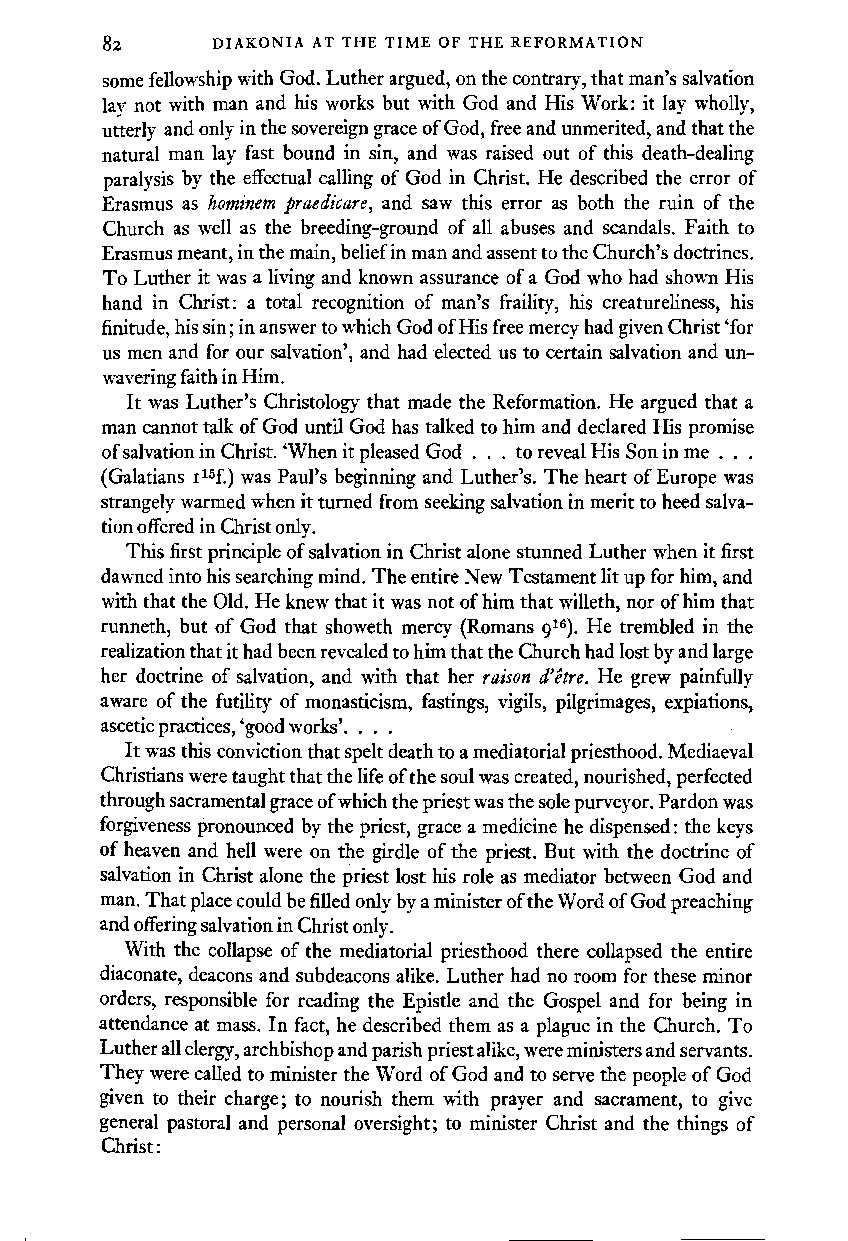
82     DIAKONIA AT THE TIME OF THE REFORMATION
 some fellowship with God. Luther argued, on the contrary, that man's salvation
 lav not with man and his works but with God and His Work: it lay wholly,
 u~erly and only in the sovereign grace of God, free and unmerited, and that the
 natural man lay fast bound in sin, and was raised out of this death-dealing
 paralysis by the effectual calling of God in Christ. He described the error of
 Erasmus as hominem praedicare, and saw this error as both the ruin of the
 Church as well as the breeding-ground of all abuses and scandals. Faith to
 Erasmus meant, in the main, belief in man and assent to the Church's doctrines.
 To Luther it was a living and known assurance of a God who had shown His
 hand in Christ: a total recognition of man's fraility, his creatureliness, his
 finitude, his sin; in answer to which God of His free mercy had given Christ 'for
 us men and for our salvation', and had elected us to certain salvation and un
 wavering faith in Him.
 It was Luther's Christology that made the Reformation. He argued that a
 man cannot talk of God until God has talked to him and declared His promise
 of salvation in Christ. 'When it pleased God ... to reveal His Son in me . . .
 (Galatians r15f.) was Paul's beginning and Luther's. The heart of Europe was
 strangely warmed when it turned from seeking salvation in merit to heed salva
 tion offered in Christ only.
 This first principle of salvation in Christ alone stunned Luther when it first
 dawned into his searching mind. The entire New Testament lit up for him, and
 with that the Old. He knew that it was not of him that willeth, nor of him that
 runneth, but of God that showeth mercy (Romans 916). He trembled in the
 realization that it had been revealed to him that the Church had lost by and large
 her doctrine of salvation, and with that her raison d'etre. He grew painfully
 aware of the futility of monasticism, fastings, vigils, pilgrimages, expiations,
 ascetic practices, 'good works'. . . .
 It was this conviction that spelt death to a mediatorial priesthood. Mediaeval
 Christians were taught that the life of the soul was created, nourished, perfected
 through sacramental grace of which the priest was the sole purveyor. Pardon was
 forgiveness pronounced by the priest, grace a medicine he dispensed: the keys
 of heaven and hell were on the girdle of the priest. But with the doctrine of
 salvation in Christ alone the priest lost his role as mediator between God and
 man. That place could be filled only by a minister of the Word of God preaching
 and offering salvation in Christ only.
 With the collapse of the mediatorial priesthood there collapsed the entire
 diaconate, deacons and subdeacons alike. Luther had no room for these minor
 orders, responsible for reading the Epistle and the Gospel and for being in
 attendance at mass. In fact, he described them as a plague in the Church. To
 Luther all clergy, archbishop and parish priest alike, were ministers and servants.
 They were called to minister the Word of God and to serve the people of God
 given to their charge; to nourish them with prayer and sacrament, to give
 general pastoral and personal oversight; to minister Christ and the things of
 Christ: